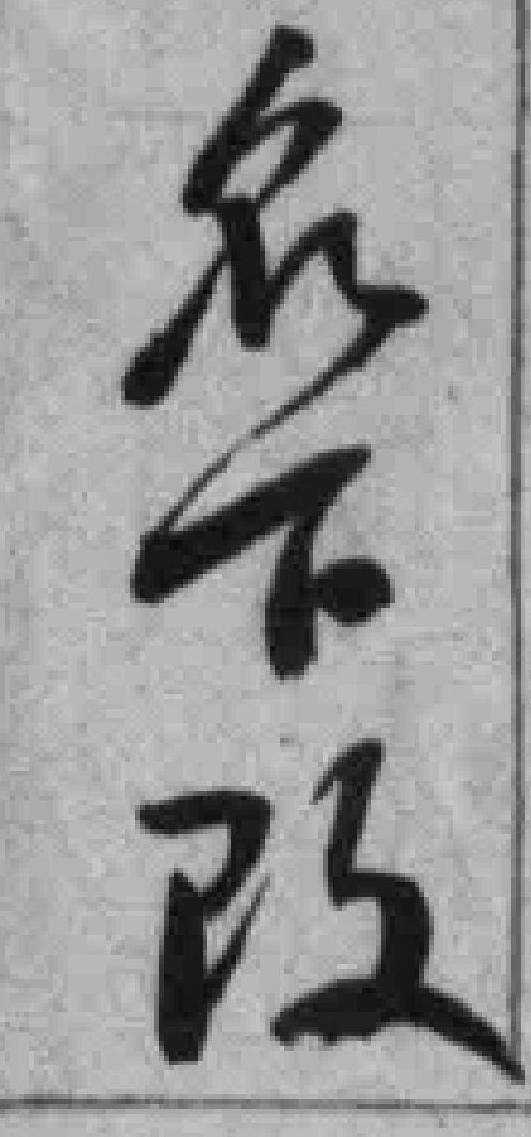
名下改